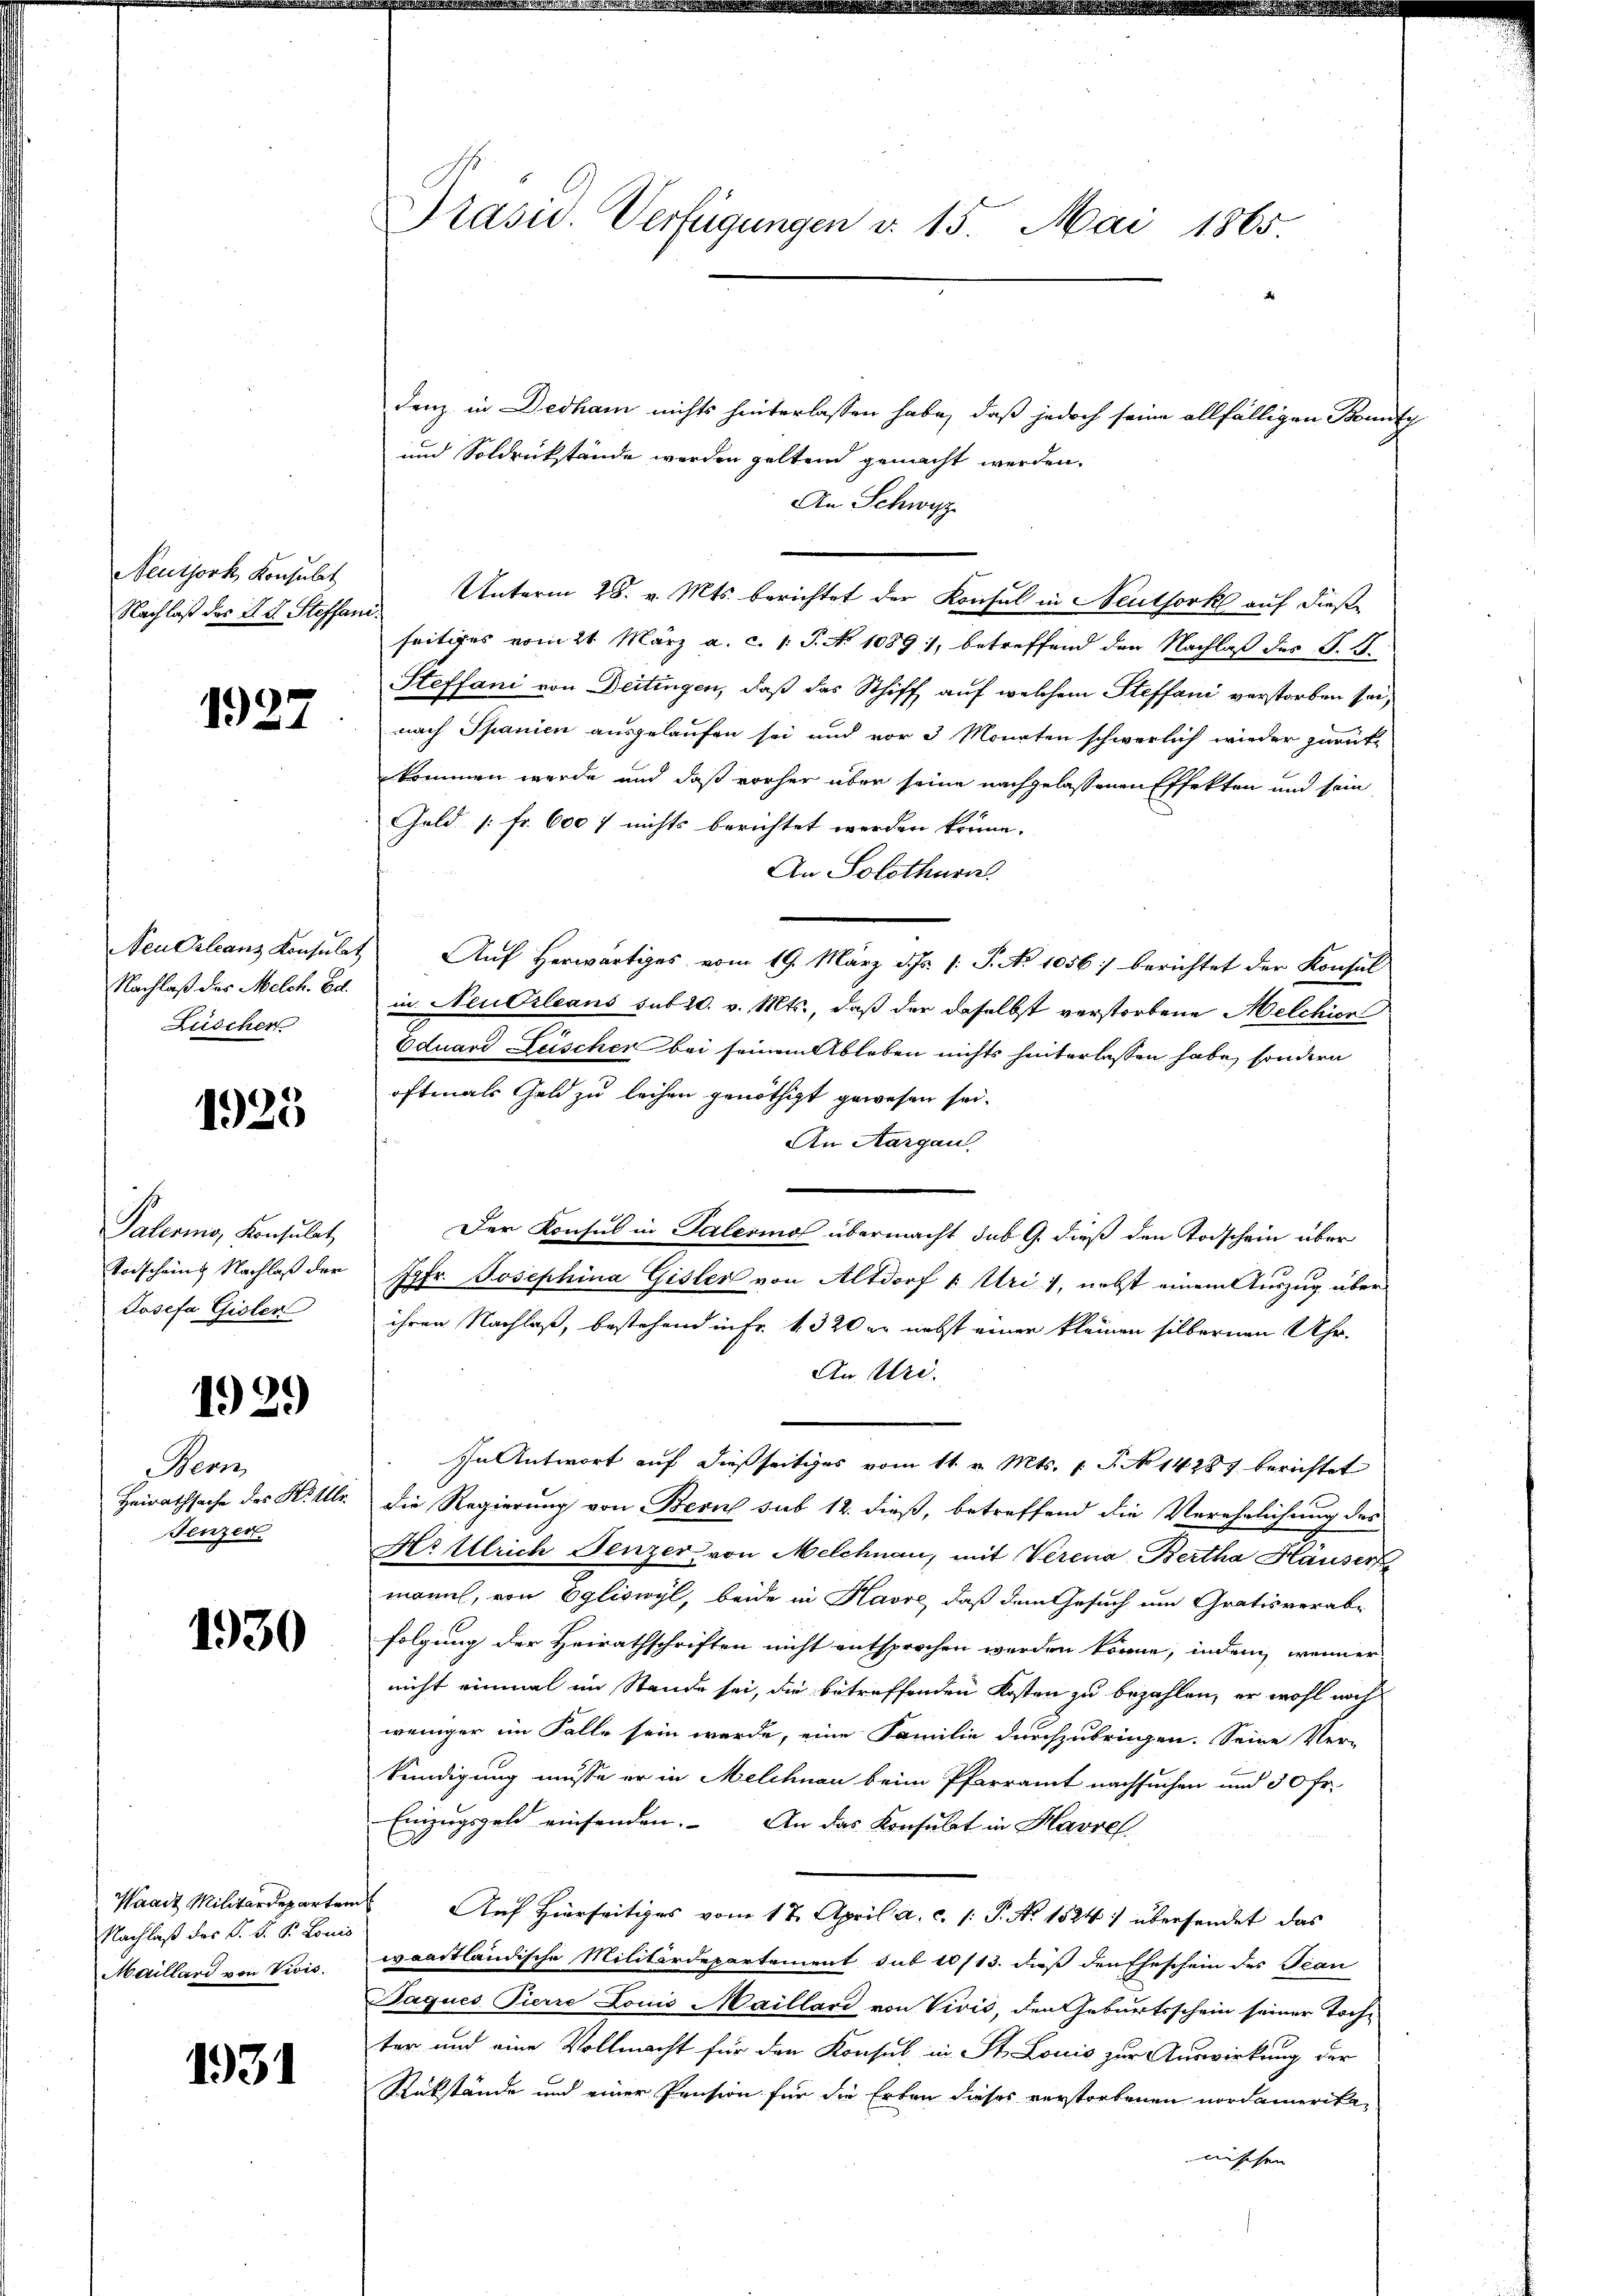
Neuthork Konsulat
Nachlaß das I. d. Steffan

1927

Neu Orleanz Konsulat
Nachlaß des Melch. Ed.
Lüscher

1925

Palering, Konsulat,
Vorschein Nachlaß der
Josefa Gisler

12.)

Nenz
Heirathsache des H. Ulr
Fenzen.

1930

Waadt Militärdepartem
Nachlaß des K. K. P. Louis
Maillard von Vivis.

1931

Prasis. Verfügungen v. 15. Mai 1865

denz in Dedham nichts hinterlassen habe, daß jedoch seine allfälligen Bonitz
und Soldrückstände werden geltend gemacht werden.
An Schwyz
Unterm 28. v. Mts. berichtet der Konsul in Neuthork auf diese
seitiges vom 21. März a. c. 1. P. No 1089), betreffend den Nachlaß des S. S.
Steffani von Deitingen, daß das Schiff auf welchem Steffani verstorben sei,
nach Spanien ausgelaufen sei und vor 3 Monaten schwerlich wieder zurück-
kommen werde und daß vorher über seine nachgelassenen Effekten und sein
Gold [Fr. 600 / nichts berichtet werden könne.
An Solothurn
Auf herwärtiges vom 19. März d. Js. v. J. No 1056) berichtet der Konsul
in Neu Orleans sub 20. v. Mts., daß der daselbst verstorbene Melchion
Eduard Leischer bei seinem Ableben nichts hinterlassen habe, sondern
oftmals Geld zu leihen genöthigt gewesen sei.
An Aargau.
Der Konsul in Talerinos übermacht sub 9. dieß den Todschein über
Jgfr. Josephina Gisler von Altdorf u. Uri, nebst einem Auszug über
ihren Nachlaß, bestehend in Fr. 320 er nebst einer kleinen silbernen Uhr.
An Uri.
In Antwort auf dießseitiges vom 11. v. Mts. 1. J. No 14287 berichtet
die Regierung von Bern sub 12. dieß, betreffend die Verehelichung des
Hr Ulrich Fenzer von Melchnau, mit Verena Bertha Häuser
mann, von Egliswyl, beide in Havre, daß dem Gesuch um Gratis verab-
folgung der Heirathschriften nicht entsprochen werden könne, indem wenner
nicht einmal im Stande sei, die betreffenden Kosten zu bezahlen, er wohl noch
weniger im Falle sein werde, eine Familie durchzubringen. Seine Ver-
kündigung müsse er in Melchnau beim Pfarramt nachsuchen und 50 Fr.
Einzugsgeld einsenden. An das Konsulat in Havre
Auf Hierseitiges vom 17. April a. c. 1. P. No 1524) übersendet das
waadtländische Militärdepartement sub 2/13. dieß den Eheschein des Tean
Paques Pierre Louis Maillard von Vivić, den Geburtsschein seiner Toch-
ter und eine Vollmacht für den Konsul in St. Louis zur Auswirkung der
Rükstände und einer Pension für die Erben dieses verstorbenen nordamerikanischen